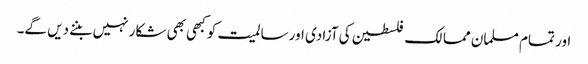
اور تمام مسلمان ممالک فلسطین کی آزادی اور سالمیت کو کبھی بھی شکار نہیں بننے دیں گے۔